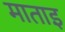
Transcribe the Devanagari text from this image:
माताइ